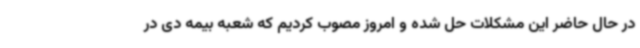
در حال حاضر این مشکلات حل شده و امروز مصوب کردیم که شعبه بیمه دی در